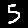
Digit: 5